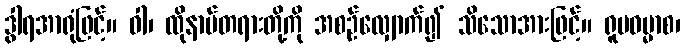
ဒွါရအာရုံဖြင့်။ ဝါ၊ ထိုနာမ်တရားတို့ကို အစဉ်လျှောက်၍ သိသောအားဖြင့်။ ရူပဓမ္မာစ၊